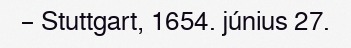
– Stuttgart, 1654. június 27.